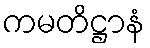
ကမတိဋ္ဌာနံ